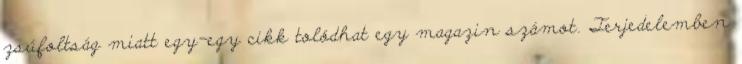
zsúfoltság miatt egy-egy cikk tolódhat egy magazin számot. Terjedelemben